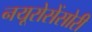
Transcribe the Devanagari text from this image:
नयूरोसेंसोरी